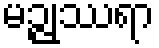
မဉ္ဇုဿရာ